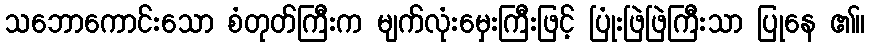
သဘောကောင်းသော စံတုတ်ကြီးက မျက်လုံးမှေးကြီးဖြင့် ပြုံးဖြဲဖြဲကြီးသာ ပြုနေ ၏။